Civil Veterinary Department Bengal reports 1923-33 - 1923-1933
Year: 1923
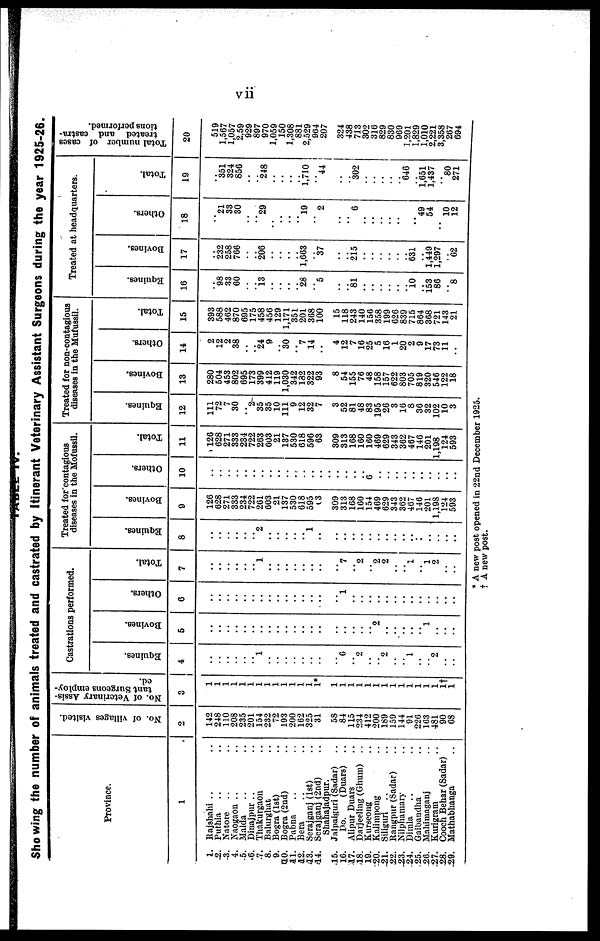
vii
Showing the number of animals treated and castrated by Itinerant Veterinary Assistant Surgeons during the year 1925-26.
Province.
1
1. Rajshahi .. ..
2. Puthia .. ..
3. Natore .. ..
4. Naogaon .. ..
5. Malda .. ..
6. Dinajpur .. ..
7. Thakurgaon ..
8. Balurghat ..
9. Bogra (1st) ..
10. Bogra (2nd) ..
11. Pabna .. ..
12. Bera .. ..
13. Serajganj (1st) ..
14. Serajganj (2nd) ..
Shahajadpur.
15. Jalpaiguri (Sadar) ..
16.
Do.
(Duars)
..
17. Alipur Duars ..
18. Darjeeling (Ghum) ..
19. Kurseong ..
20. Kalimpong ..
21. Siliguri .. ..
22. Rangpur (Sadar) ..
23. Nilphamary ..
24. Dimla .. ..
25. Gaibandha ..
26. Mahimaganj ..
27. Kurigram ..
28. Cooch Behar (Sadar)
29. Mathabhanga ..
No. of villages visited.
2
142
248
110
208
235
201
154
232
72
193
200
162
325
31
58
84
115
234
412
200
189
159
144
91
226
163
481
90
68
No. of Veterinary Assis-
tant Surgeons employ-
ed.
3
1
1
1
1
1
1
1
1
1
1
1
1
1
1*
1
1
1
1
1
1
1
1
1
1
1
1
1
1† 1
Castrations performed.
Equines.
4
..
..
..
..
..
.. 1
..
..
..
..
..
..
..
.. "6
.. 2
..
.. 2
..
.. 1
..
.. 2
..
..
Bovines.
5
..
..
..
..
..
..
..
..
..
..
..
..
..
..
.. ..
..
..
..
.. "2
..
..
..
..
.. 1
..
..
..
Others.
6
..
..
..
..
..
..
..
..
.. ..
..
..
..
..
.. 1
..
..
..
..
..
..
.. ..
..
..
..
..
..
Total.
7
..
..
..
..
..
.. 1
..
..
..
..
..
..
..
.. "7
.. "2
.. "2
2
..
.. 1
.. 1
2
..
..
Treated for contagious
diseases in the Mofussil.
Equines.
8
..
..
..
..
..
.. "2
..
..
..
..
.. 1
..
..
..
..
..
..
..
..
..
..
..
..
..
..
.. ..
Bovines.
9
126
628
271
333
234
722
261
603
21
137
530
618
595
63
309
313
168
160
154
469
629
343
362
467
146
201
1,198
124
593
Others.
10
..
..
..
..
..
..
..
..
..
..
..
..
..
..
..
..
..
..
..
..
..
..
..
..
..
..
..
..
..
Total.
11
126
628
271
333
234
722
263
603
21
137
530
618
596
63
309
313
168
160
160
469
629
343
362
467
146
201
1,198
124
593
Treated for non-contagious
diseases in the Mufussil.
Equines.
12
111
72
7
30
.. 2
35
35
10
111
9
12
32
7
3
52
81
48
83
195
26
3
16
8
36
32
102
10
3
Bovines.
13
280
504
453
802
695
173
399
412
119
1,030
342
182
322
93
8
54
155
76
48
158
157
622
803
705
819
320
546
122
18
Others.
14
2
12
2
38
..
.. 24
9
.. 30
.. "7
14
..
4
12
7
16
25
5
16
1
20
2
9
17
73
11
..
Total.
15
393
588
462
870
695
175
458
456
129
1,171
351
201
368
100
15
118
243
140
156
358
199
626
839
715
864
368
721
143
21
Treated at headquarters.
Equines.
16
..
98
33
60
..
.. 13
..
..
..
.. 28
.. "5
..
.. 81
..
..
..
..
..
.. 10
.. 153
86
.. 8
Bovines.
17
..
232
258
766
..
.. 206
..
..
..
.. 1,663
.. 37
..
.. ..215
..
..
..
..
..
.. 631
.. 1,449
1,297
.. 62
Others.
18
..
"21
33
30
..
.. "29
..
..
..
.. "l9
..
2
..
..
6
..
..
..
..
..
..
.. "49
54
.. 10
12
Total.
19
..
351
324
856
..
.. 248
..
..
..
.. 1,710
.. 44
..
.. 302
..
..
..
.. 646
.. 1,651
1,437
.. 80
271
Total number of cases
treated and castra-
tions performed.
20
519
1,567
1,057
2,59
929
897
970
1,059
150
1 308
881
2 529
964
207
324
438
713
302
316
829
830
969
1,201
1 829
1,010
2,221
3 358
267
694
* A new post opened in 22nd December 1925.
† A new post.